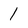
Character: 1